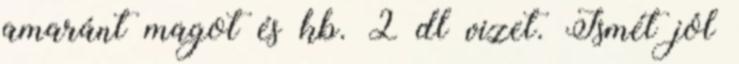
amaránt magot és kb. 2 dl vizet. Ismét jól